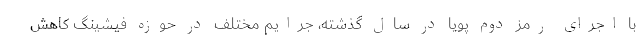
با اجرای رمز دوم پویا در سال گذشته، جرایم مختلف در حوزه فیشینگ کاهش